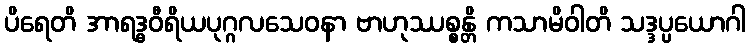
ပိရေတိ အာရဒ္ဓဝီရိယပုဂ္ဂလသေဝနာ ဗာဟုဿစ္စန္တိ ကသာမိဝါတိ သဒ္ဒပ္ပယောဂါ